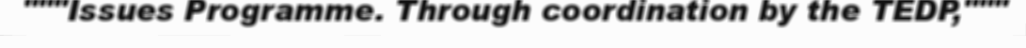
"""Issues Programme. Through coordination by the TEDP,"""